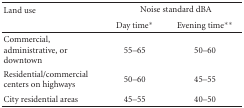
<table><thead><tr><td><b>Land use</b></td><td colspan="2"><b>Noise standard dBA</b></td></tr><tr><td></td><td><b>Day time*</b></td><td><b>Evening time**</b></td></tr></thead><tbody><tr><td>Commercial, administrative, or downtown</td><td>55–65</td><td>50–60</td></tr><tr><td>Residential/commercial centers on highways</td><td>50–60</td><td>45–55</td></tr><tr><td>City residential areas</td><td>45–55</td><td>40–50</td></tr></tbody></table>